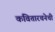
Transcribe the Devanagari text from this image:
कवितारचनेची